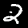
Digit: 2